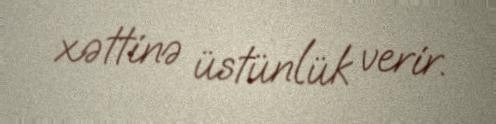
xəttinə üstünlük verir.